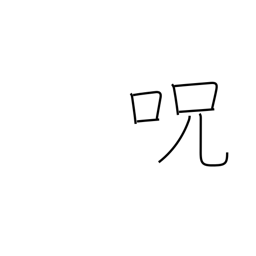
Meaning: charm